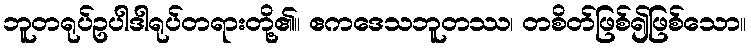
ဘူတရုပ်ဥပါဒါရုပ်တရားတို့၏။ ဧကဒေသဘူတဿ၊ တစိတ်ဖြစ်၍ဖြစ်သော။